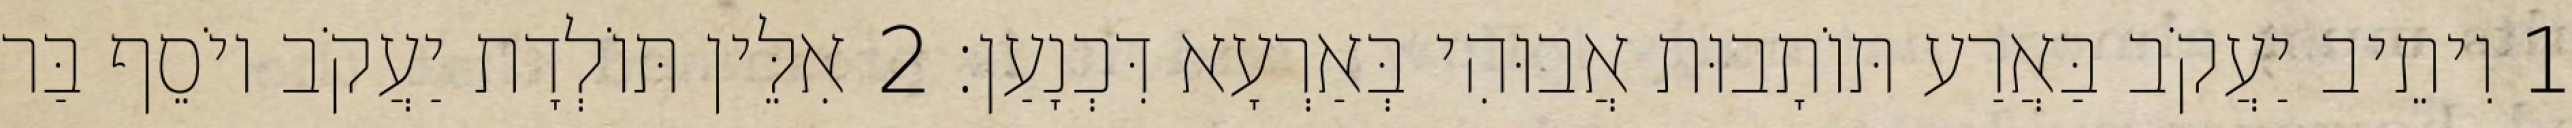
1 וִיתֵיב יַעֲקֹב בַּאֲרַע תּוֹתָבוּת אֲבוּהִי בְּאַרְעָא דִּכְנָעַן׃ 2 אִלֵּין תּוֹלְדָת יַעֲקֹב יוֹסֵף בַּר